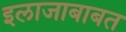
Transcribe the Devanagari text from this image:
इलाजाबाबत